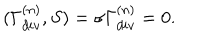
LaTeX: ( \Gamma _ { d i v } ^ { ( n ) } , S ) = \sigma \Gamma _ { d i v } ^ { ( n ) } = 0 .